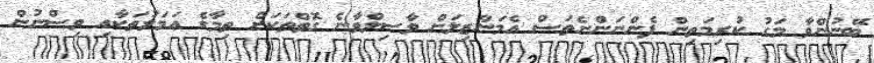
ބޭނުންވާ މަގު ކުރިމަތިން ފެންނަންނެތަސް އެމަންޒިލަށް ވާސިލްވާނެ ގޮތްތަކަށް ތިމާގެ ޢަމަލުތަކާއި ވިސްނުން